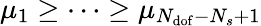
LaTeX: \mu_{1}\geq\dots\geq\mu_{N_{\mathrm{dof}}-N_{s}+1}